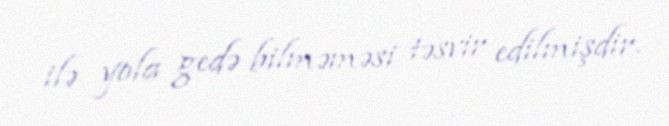
ilə yola gedə bilməməsi təsvir edilmişdir.